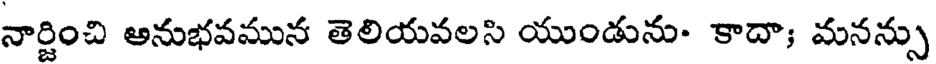
నార్జించి అనుభవమున తెలియవలసి యుండును- కాదా; మనన్సు